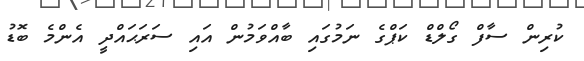
ކުރިން ސާފް ގޯލްޑް ކަޕްގެ ނަމުގައި ބާއްވަމުން އައި ސަރަޙައްދީ އެންމެ ބޮޑު